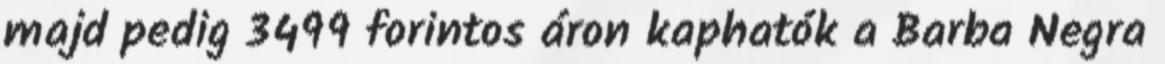
majd pedig 3499 forintos áron kaphatók a Barba Negra